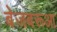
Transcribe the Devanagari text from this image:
बेजबरूआ